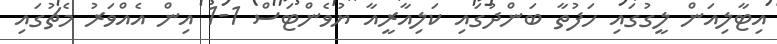
އިޓާލިއަން ލީގުގައި ހަފުތާ ބަންދުގައި ކަލިއާރީއާ ޔުވެންޓަސް 1-1 އިން އެއްވަރު މެޗުގައި